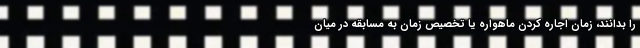
را بدانند، زمان اجاره کردن ماهواره یا تخصیص زمان به مسابقه در میان